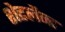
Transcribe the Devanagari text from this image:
शेटलैन्ड